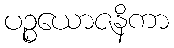
ပဉ္စယောဇနိကာ